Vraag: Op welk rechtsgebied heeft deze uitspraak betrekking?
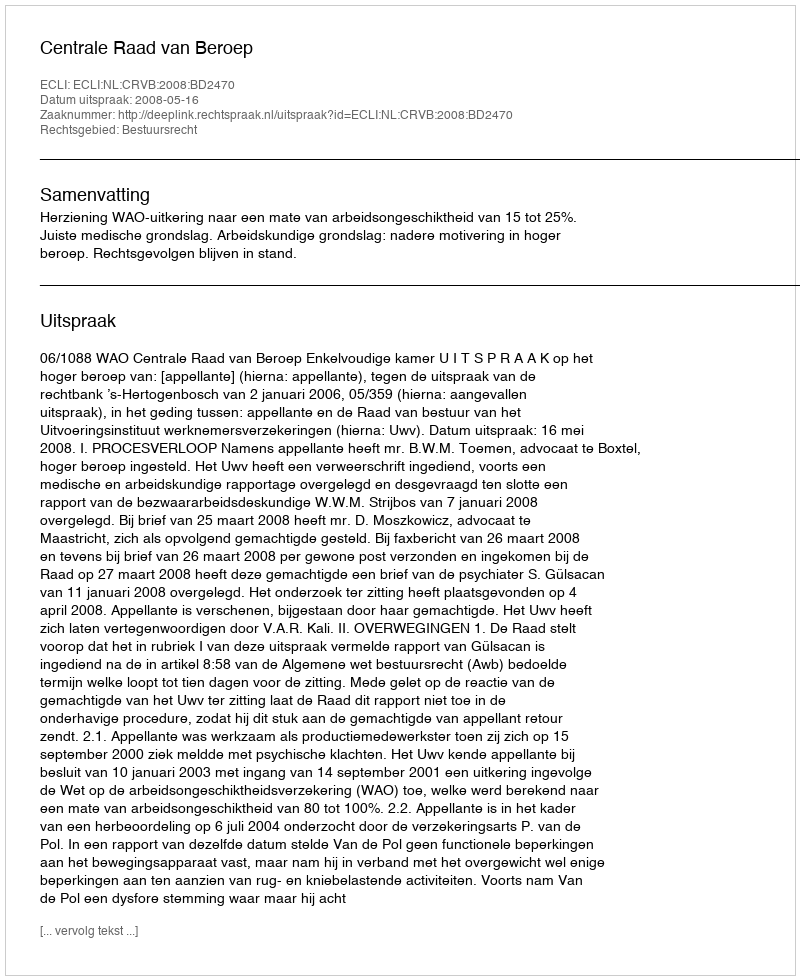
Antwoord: Bestuursrecht